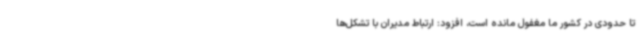
تا حدودی در کشور ما مغفول مانده است، افزود: ارتباط مدیران با تشکل‌ها